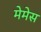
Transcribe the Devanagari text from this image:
मेमेस